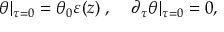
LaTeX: \theta | _ { \tau = 0 } = \theta _ { 0 } \varepsilon ( z ) \; , \; \; \; \; \partial _ { \tau } \theta | _ { \tau = 0 } = 0 ,